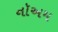
નૉઅમ